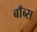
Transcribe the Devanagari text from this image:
बाँब्स